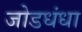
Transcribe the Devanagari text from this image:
जोडधंधा